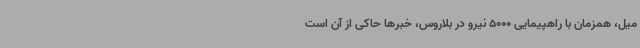
میل، همزمان با راهپیمایی 5000 نیرو در بلاروس، خبرها حاکی از آن است